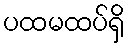
ပထမထပ်ရှိ